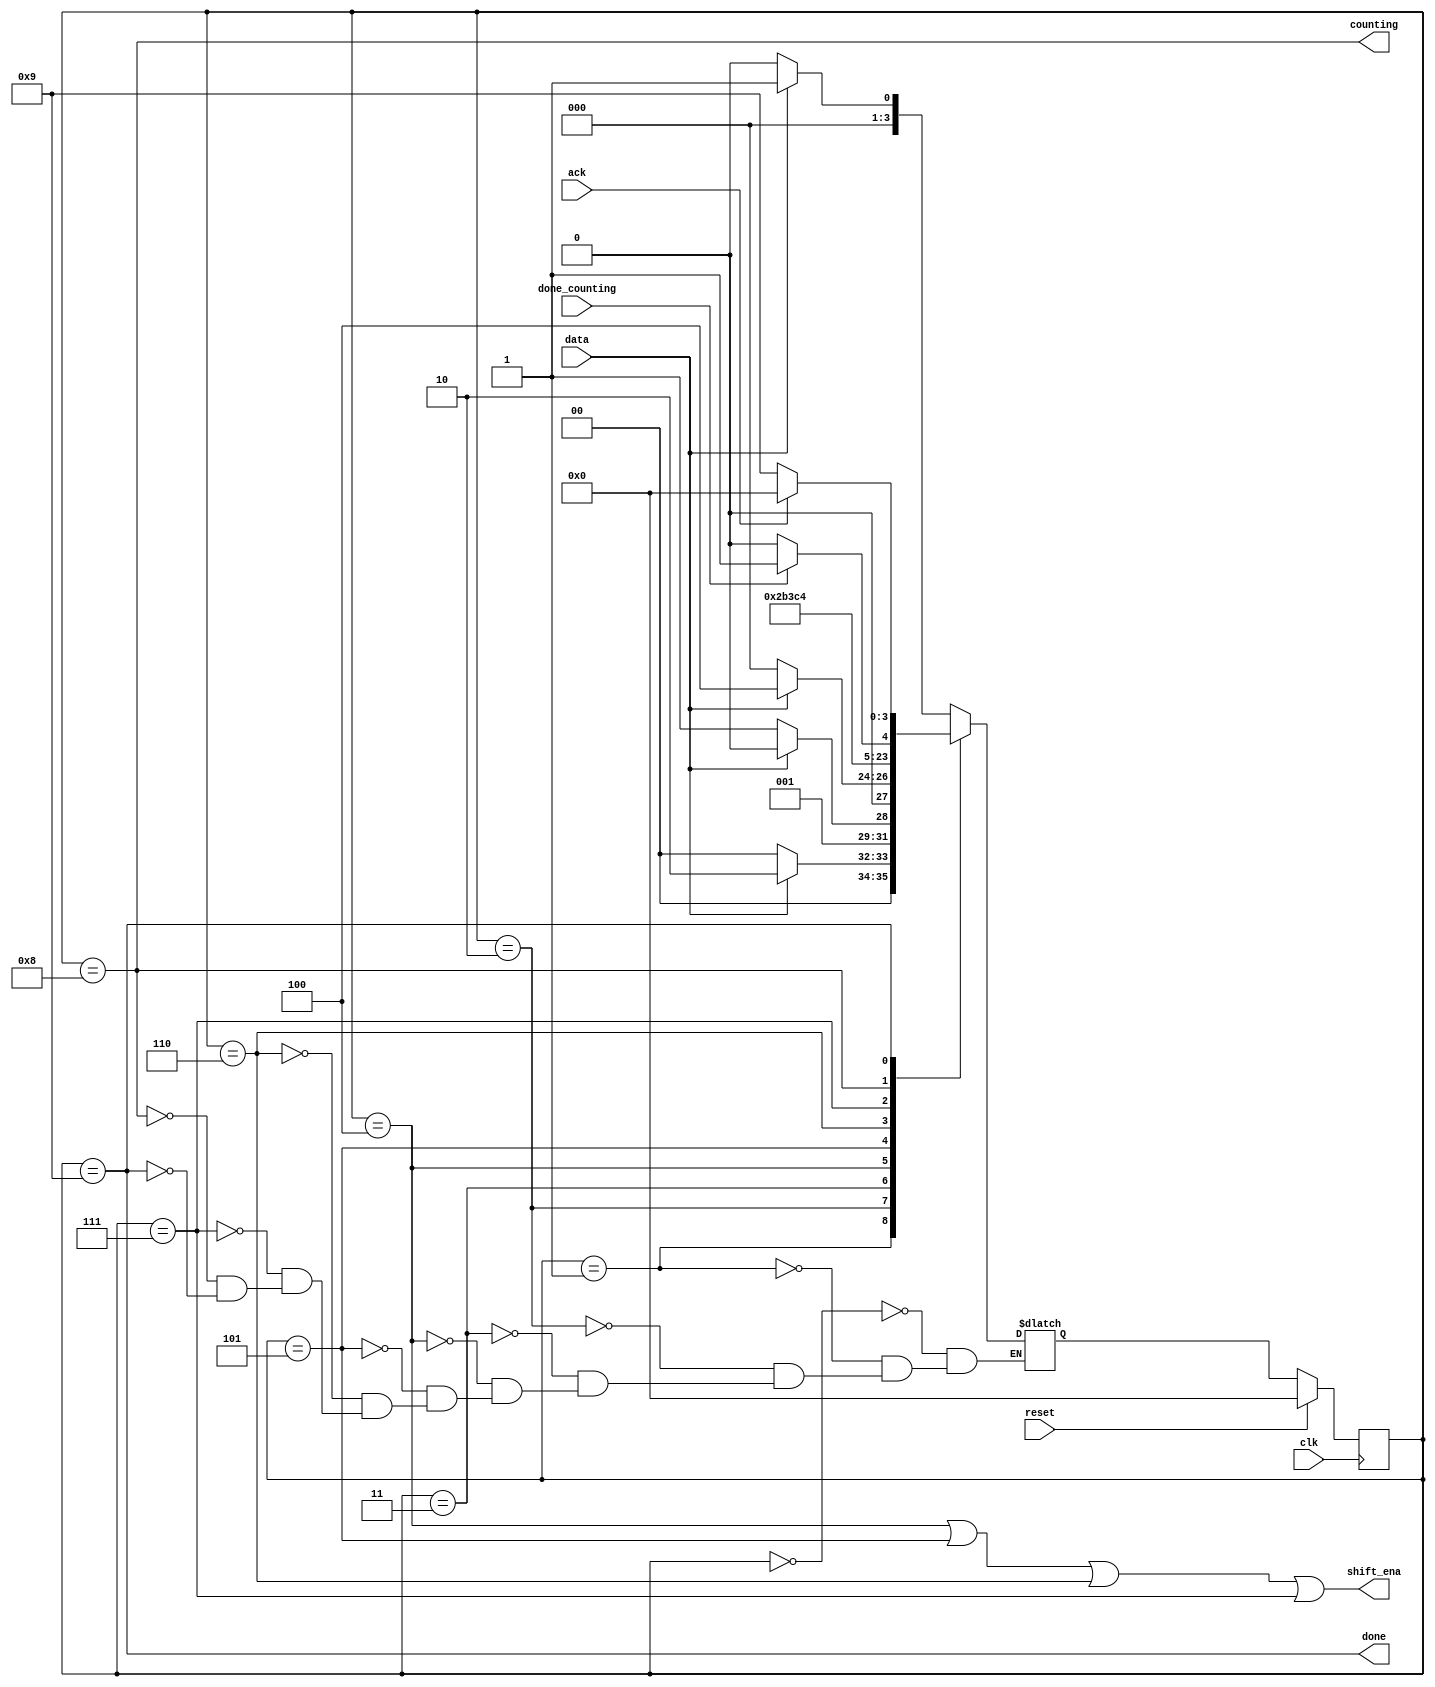
module top_module (
    input clk,
    input reset,      // Synchronous reset
    input data,
    output shift_ena,
    output counting,
    input done_counting,
    output done,
    input ack );
    
    parameter S=0,S1=1,S11=2,S110=3, B0=4, B1=5, B2=6, B3=7, cnt=8, hold=9;
    reg[3:0] state, next;
    
    always@ (*) begin
        case(state)
            S: next = (data)? S1 : S;
            S1: next = (data)? S11: S;
            S11: next = (~data)? S110:S11;
            S110: next = (data)? B0 : S;
            B0: next = B1;
            B1: next = B2;
            B2: next = B3;
            B3: next = cnt;
            cnt: next = (done_counting)? hold:cnt;
            hold: next = (ack)? S:hold;
        endcase
    end

    always@(posedge clk) begin
        if (reset)
            state <= S;
        else
            state <= next;
    end
    
    assign shift_ena = (state == B0) || (state == B1) || (state == B2) || (state == B3); 
    assign counting = (state == cnt);
    assign done = (state == hold);
    
    
endmodule